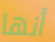
أنها